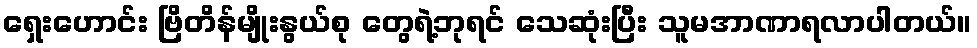
ရှေးဟောင်း ဗြိတိန်မျိုးနွယ်စု တွေရဲ့ဘုရင် သေဆုံးပြီး သူမအာဏာရလာပါတယ်။